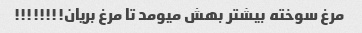
مرغ سوخته بیشتر بهش میومد تا مرغ بریان!!!!!!!!